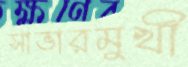
সাভারমুখী